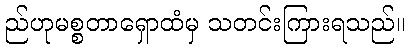
ည်ဟုမစ္စတာရှောထံမှ သတင်းကြားရသည်။